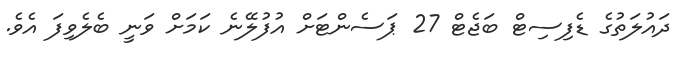
ދައުލަތުގެ ޑެފިސިޓް ބަޖެޓް 27 ޕަސެންޓަށް އުފުލޭނެ ކަމަށް ވަނީ ބެލެވިފަ އެވެ.